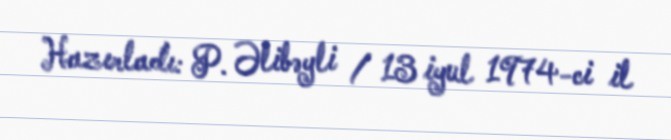
Hazırladı: P. Əlibəyli / 13 iyul 1974-ci il